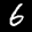
Label: 6